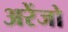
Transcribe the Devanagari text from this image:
अरेंजो